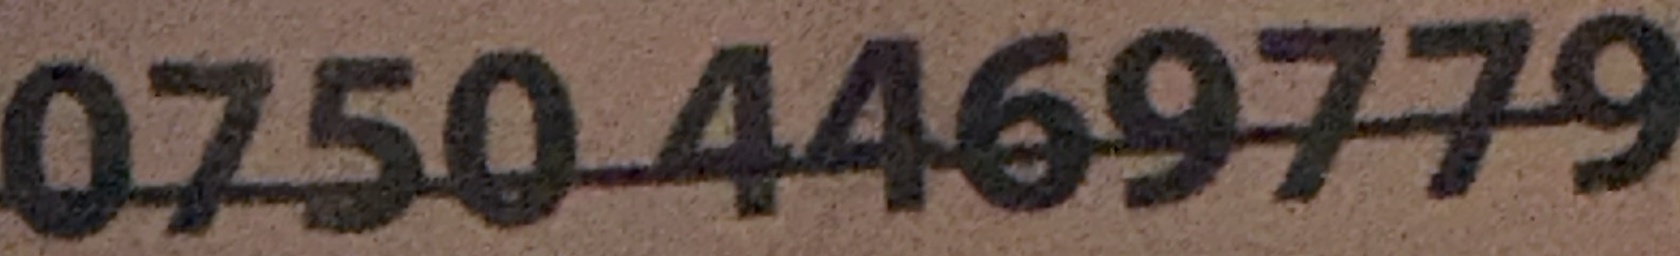
0750 4469779